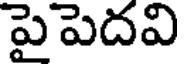
పైపెదవి